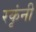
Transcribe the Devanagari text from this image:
रकृंनी